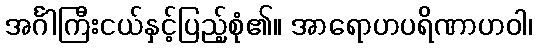
အင်္ဂါကြီးငယ်နှင့်ပြည့်စုံ၏။ အာရောဟပရိဏာဟဝါ၊